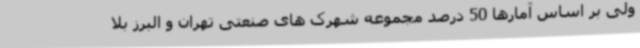
ولی بر اساس آمارها 50 درصد مجموعه شهرک های صنعتی تهران و البرز بلا